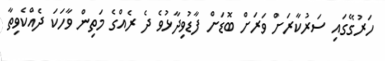
ހަރުގޭގައި ސަރުކާރަށް ވަރަށް ބޮޑަށް ފާޑުވިދާޅުވެ ދެ ރެއްގެ މަތިން ވާހަކަ ދެއްކެވިތާ